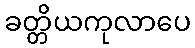
ခတ္တိယကုလာပေ